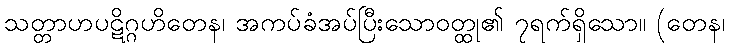
သတ္တာဟပဋိဂ္ဂဟိတေန၊ အကပ်ခံအပ်ပြီးသောဝတ္ထု၏ ၇ရက်ရှိသော။ (တေန၊